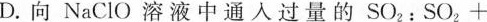
D.向NaClO溶液中通入过量的SO_{2}：SO_{2}+